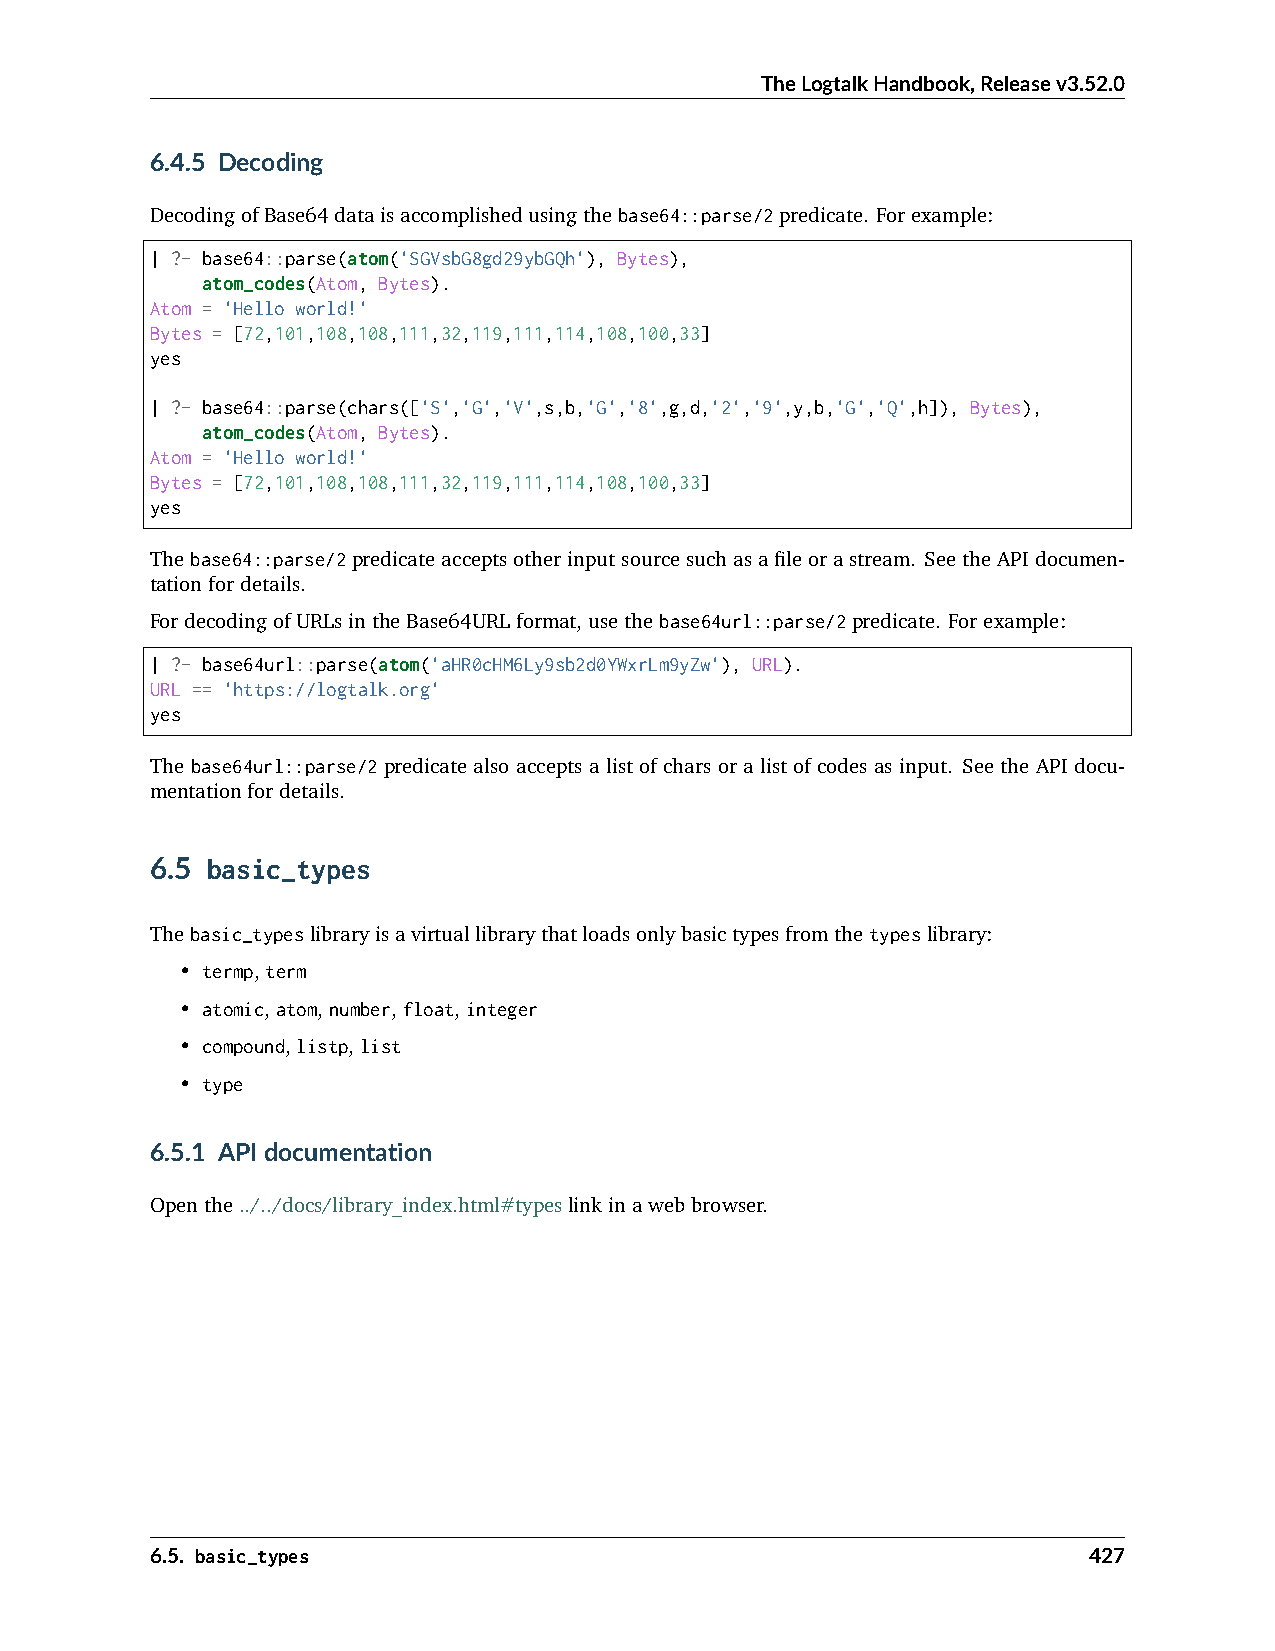
TheLogtalkHandbook,Releasev3.52.0
 6.4.5 Decoding
 DecodingofBase64dataisaccomplishedusingthebase64::parse/2predicate. Forexample:
 | ?- base64::parse(atom('SGVsbG8gd29ybGQh'), Bytes),
 atom_codes(Atom, Bytes).
 Atom = 'Hello world!'
 Bytes = [72,101,108,108,111,32,119,111,114,108,100,33]
 yes
 | ?- base64::parse(chars(['S','G','V',s,b,'G','8',g,d,'2','9',y,b,'G','Q',h]), Bytes),
 atom_codes(Atom, Bytes).
 Atom = 'Hello world!'
 Bytes = [72,101,108,108,111,32,119,111,114,108,100,33]
 yes
 Thebase64::parse/2predicateacceptsotherinputsourcesuchasafileorastream. SeetheAPIdocumen-
 tationfordetails.
 FordecodingofURLsintheBase64URLformat,usethebase64url::parse/2predicate. Forexample:
 | ?- base64url::parse(atom('aHR0cHM6Ly9sb2d0YWxrLm9yZw'), URL).
 URL == 'https://logtalk.org'
 yes
 The base64url::parse/2 predicate also accepts a list of chars or a list of codes as input. See the API docu-
 mentationfordetails.
 6.5 basic_types
 Thebasic_typeslibraryisavirtuallibrarythatloadsonlybasictypesfromthetypeslibrary:
 • termp,term
 • atomic,atom,number,float,integer
 • compound,listp,list
 • type
 6.5.1 APIdocumentation
 Openthe../../docs/library_index.html#typeslinkinawebbrowser.
 6.5. basic_types                                              427